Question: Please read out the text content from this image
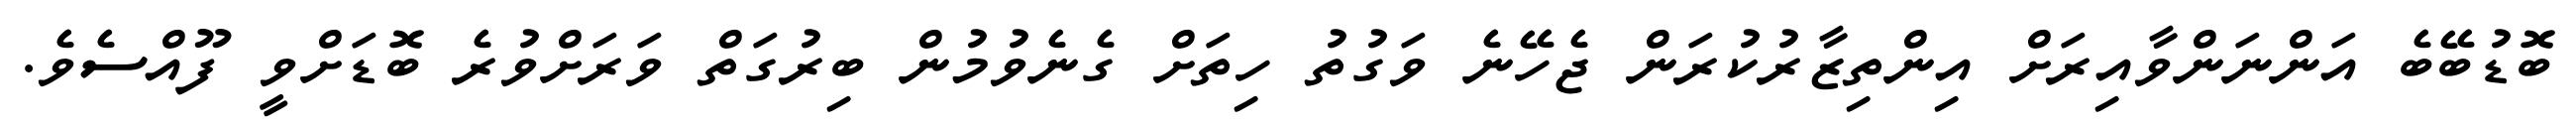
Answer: ބޮޑުބޭބެ އަންނަންވާއިރަށް އިންތިޒާރުކުރަން ޖެހޭނެ ވަގުތު ހިތަށް ގެނެވުމުން ބިރުގަތް ވަރަށްވުރެ ބޮޑަށްވީ ފޫއްސެވެ.